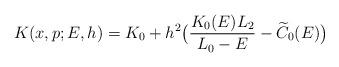
LaTeX: \begin{align*}K(x,p;E,h)=K_0+h^2\bigl({K_0(E)L_2\over L_0-E}-\widetilde C_0(E)\bigr)\end{align*}